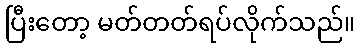
ပြီးတော့ မတ်တတ်ရပ်လိုက်သည်။